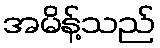
အမိန့်သည်